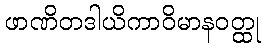
ဖာဏိတဒါယိကာဝိမာနဝတ္ထု